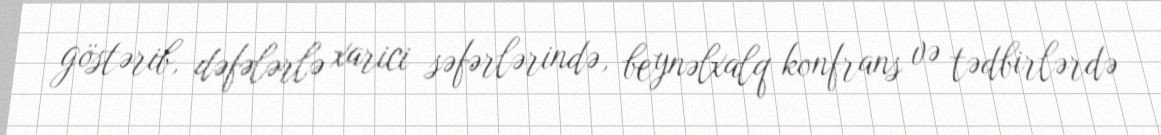
göstərib, dəfələrlə xarici səfərlərində, beynəlxalq konfrans və tədbirlərdə